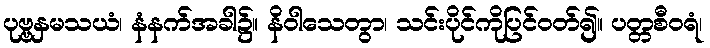
ပုဗ္ဗနှမသယံ၊ နံနက်အခါ၌။ နိဝါသေတွာ၊ သင်းပိုင်ကိုပြင်ဝတ်၍။ ပတ္တစီဝရံ၊